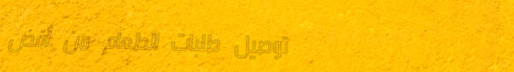
توصيل طلبات الطعام من أفض